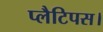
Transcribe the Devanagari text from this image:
प्लैटिपस।